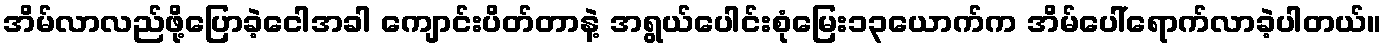
အိမ်လာလည်ဖို့ပြောခဲ့ငေါအခါ ကျောင်းပိတ်တာနဲ့ အရွယ်ပေါင်းစုံမြေး၁၃ယောက်က အိမ်ပေါ်ရောက်လာခဲ့ပါတယ်။